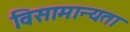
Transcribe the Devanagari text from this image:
विसामान्यता